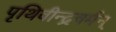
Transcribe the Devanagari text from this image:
पृथिवीन्द्रवर्मन्